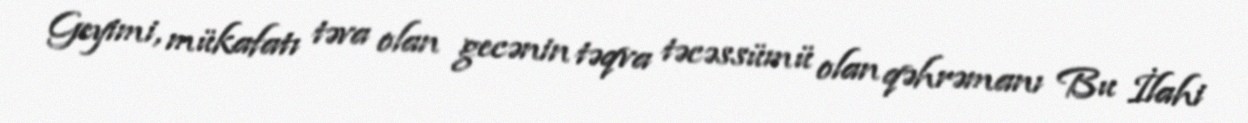
Geyimi, mükafatı təva olan gecənin təqva təcəssümü olan qəhrəmanı Bu İlahi